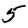
Digit: 5